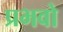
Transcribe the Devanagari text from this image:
प्रभवो